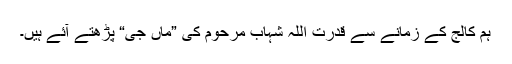
ہم کالج کے زمانے سے قدرت اللہ شہاب مرحوم کی ”ماں جی“ پڑھتے آئے ہیں۔